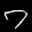
Label: 7